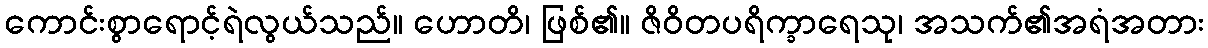
ကောင်းစွာရောင့်ရဲလွယ်သည်။ ဟောတိ၊ ဖြစ်၏။ ဇိဝိတပရိက္ခာရေသု၊ အသက်၏အရံအတား